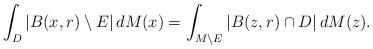
LaTeX: \begin{align*}\int_D|B(x,r)\setminus E|\,dM(x)=\int_{M\setminus E}|B(z,r)\cap D|\,dM(z).\end{align*}